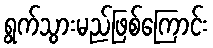
ရွက်သွားမည်ဖြစ်ကြောင်း